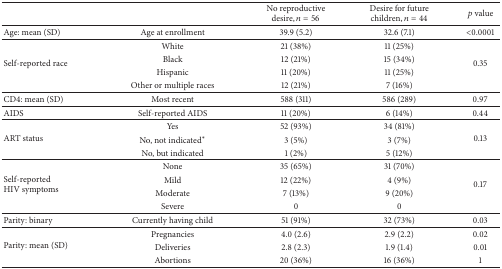
|  |  | No reproductive desire, n = 56 | Desire for future children, n = 44 | p value |
 | --- | --- | --- | --- | --- |
 | Age: mean (SD) | Age at enrollment | 39.9 (5.2) | 32.6 (7.1) | <0.0001 |
 | <ROWSPAN=4> Self-reported race | White | 21 (38%) | 11 (25%) | <ROWSPAN=4> 0.35 |
 | Black | 12 (21%) | 15 (34%) |
 | Hispanic | 11 (20%) | 11 (25%) |
 | Other or multiple races | 12 (21%) | 7 (16%) |
 | CD4: mean (SD) | Most recent | 588 (311) | 586 (289) | 0.97 |
 | AIDS | Self-reported AIDS | 11 (20%) | 6 (14%) | 0.44 |
 | <ROWSPAN=3> ART status | Yes | 52 (93%) | 34 (81%) | <ROWSPAN=3> 0.13 |
 | No, not indicated∗ | 3 (5%) | 3 (7%) |
 | No, but indicated | 1 (2%) | 5 (12%) |
 | <ROWSPAN=4> Self-reported HIV symptoms | None | 35 (65%) | 31 (70%) | <ROWSPAN=4> 0.17 |
 | Mild | 12 (22%) | 4 (9%) |
 | Moderate | 7 (13%) | 9 (20%) |
 | Severe | 0 | 0 |
 | Parity: binary | Currently having child | 51 (91%) | 32 (73%) | 0.03 |
 | <ROWSPAN=3> Parity: mean (SD) | Pregnancies | 4.0 (2.6) | 2.9 (2.2) | 0.02 |
 | Deliveries | 2.8 (2.3) | 1.9 (1.4) | 0.01 |
 | Abortions | 20 (36%) | 16 (36%) | 1 |